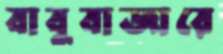
বাবুবাজারে